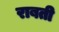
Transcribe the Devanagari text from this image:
राबती